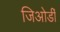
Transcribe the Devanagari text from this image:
जिओर्डी